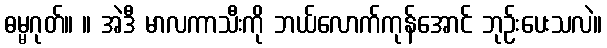
ဓမ္မဂုတ်။ ။ အဲဒီ မာလကာသီးကို ဘယ်လောက်ကုန်အောင် ဘုဉ်းပေးသလဲ။